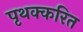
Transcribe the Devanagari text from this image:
पृथक्करित